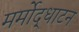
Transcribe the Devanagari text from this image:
मर्मोद्धाटन